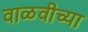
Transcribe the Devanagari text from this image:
वाळवीच्या